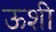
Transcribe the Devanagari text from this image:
ऊशी